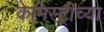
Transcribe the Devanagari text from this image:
केमिस्ट्रीच्या